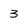
Character: 3